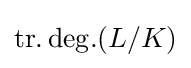
\operatorname {tr.deg.} (L/K)